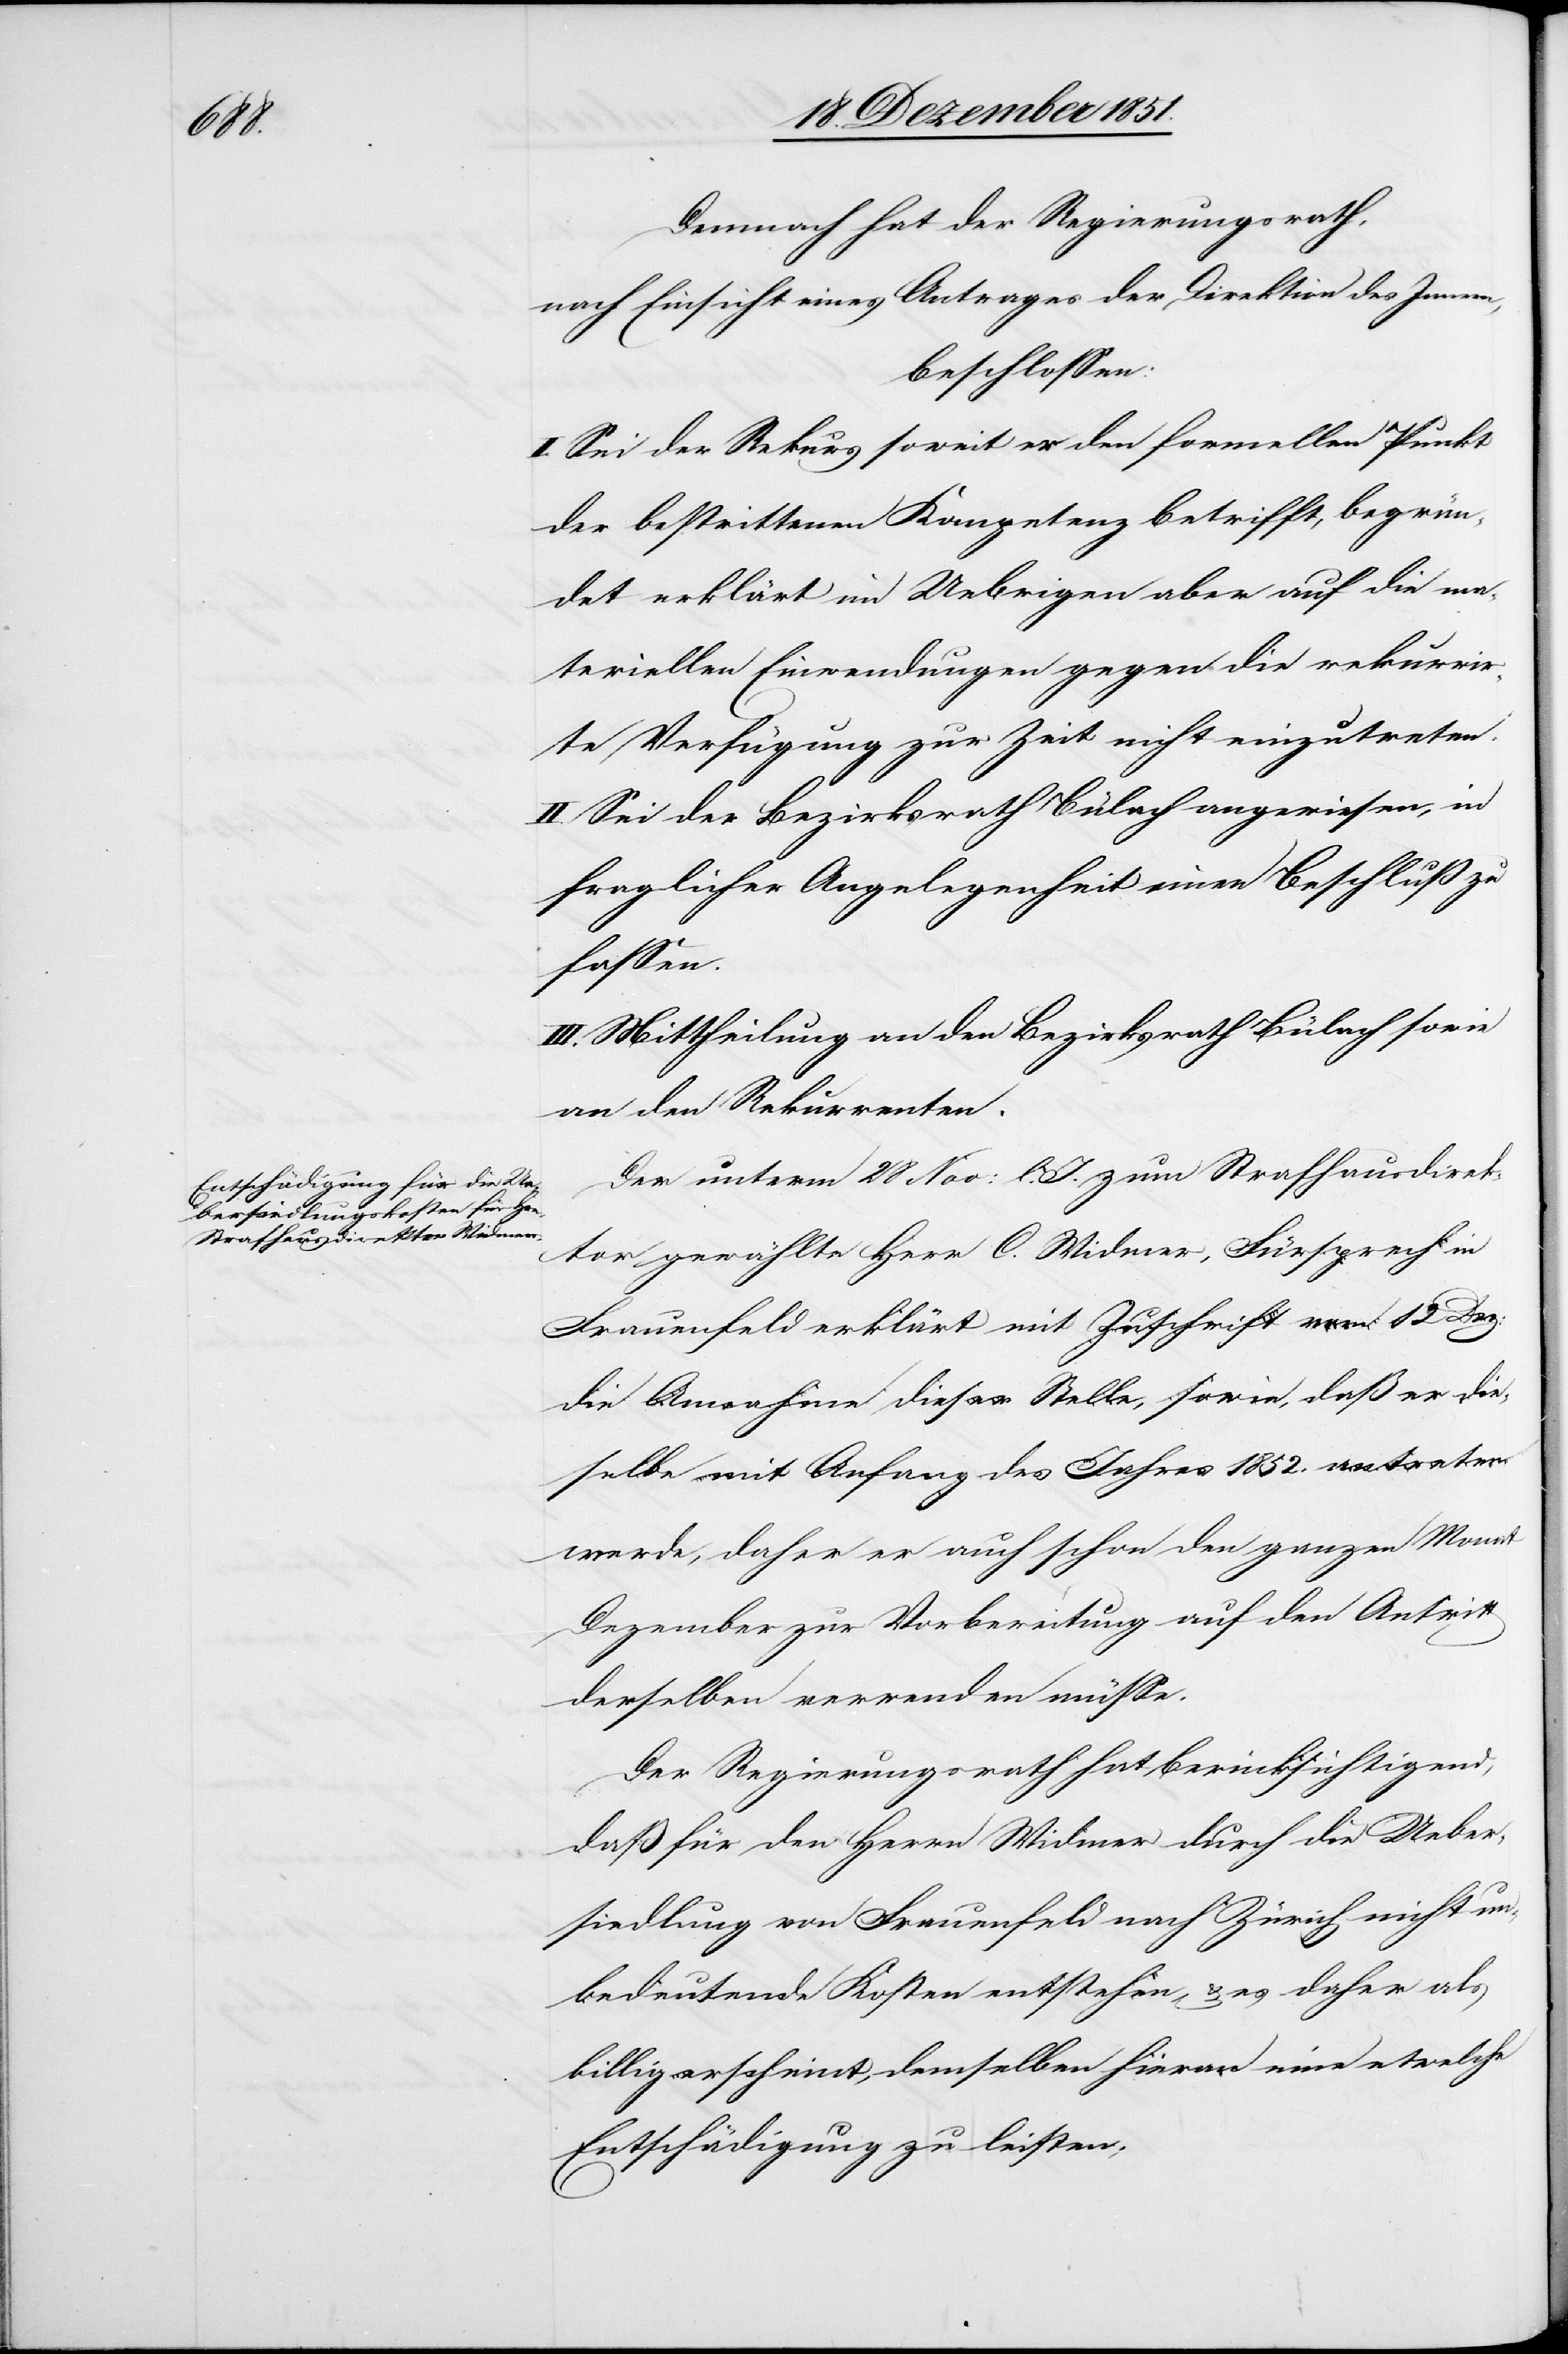
Demnach hat der Regierungsrath,
nach Einsicht eines Antrages der Direktion des Innern,
beschlossen:
I. Sei der Rekurs soweit er den formellen Punkt
der bestrittenen Kompetenz betrifft, begrün¬
det erklärt im Uebrigen aber auf die ma¬
teriellen Einwendungen gegen die rekurrir¬
te Verfügung zur Zeit nicht einzutreten.
II. Sei der Bezirksrath Bülach angewiesen, in
fraglicher Angelegenheit einen Beschluß zu
fassen.
III. Mittheilung an den Bezirksrath Bülach sowie
an den Rekurrenten.
Der unterm 28 Nov: l. J. zum Strafhausdirek¬
tor gewählte Herr C. Widmer, Fürsprech in
Frauenfeld erklärt mit Zuschrift vom 12 Dez:
die Annahme dieser Stelle, sowie, daß er die¬
selbe mit Anfang des Jahres 1852. antreten
werde, daher er auch schon den ganzen Monat
Dezember zur Vorbereitung auf den Antritt
derselben verwenden müsse.
Der Regierungsrath hat berücksichtigend,
daß für den Herrn Widmer durch die Ueber¬
siedlung von Frauenfeld nach Zürich nicht un¬
bedeutende Kosten entstehen, & es daher als
billig erscheint, demselben hieran eine etwelche
Entschädigung zu leisten;